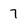
Character: 7